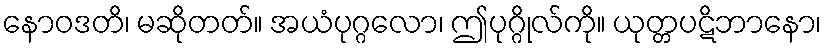
နောဝဒတိ၊ မဆိုတတ်။ အယံပုဂ္ဂလော၊ ဤပုဂ္ဂိုလ်ကို။ ယုတ္တပဋိဘာနော၊